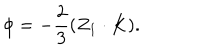
\phi = - \frac { 2 } { 3 } ( Z _ { 1 } \cdot K ) .